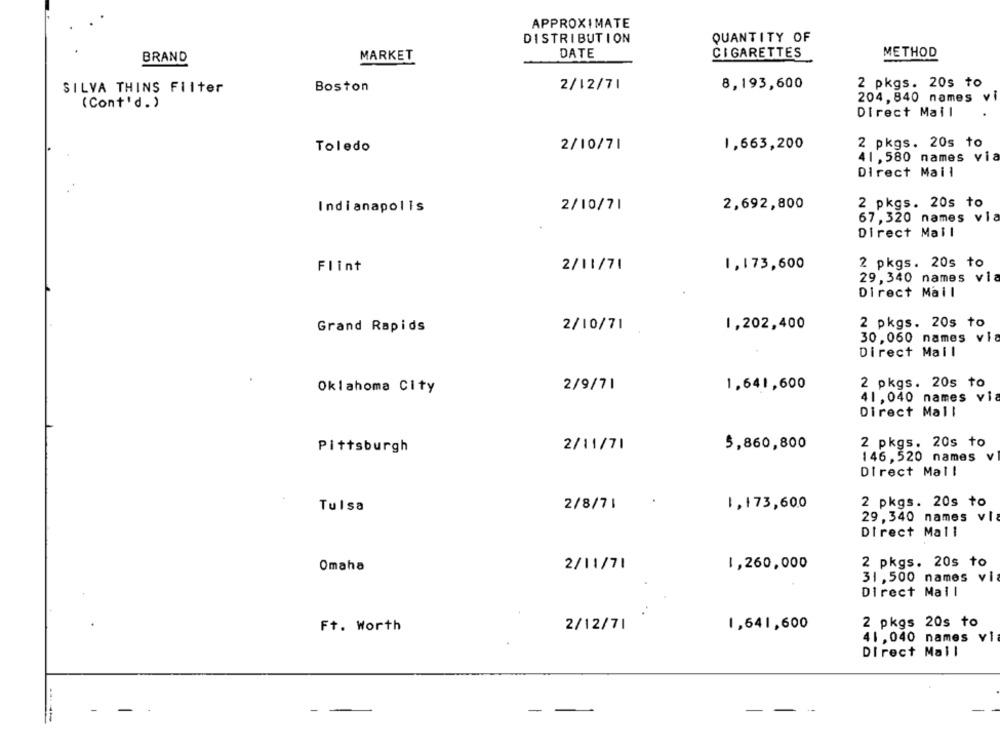
APPROXIMATE
QUANTITY OF
DISTRIBUTION
DATE
BRAND
MARKET
CIGARETTES
METHOD
SILVA THINS Filter
Boston
2/12/71
8,193,600
2 pkgs. 20s to
(Cont'd.)
204,840 names vi
Direct Mail
2 pkgs. 20s to
Toledo
2/10/71
1,663,200
41, 580 names via
Direct Mail
Indianapolis
2/10/71
2,692,800
2 pkgs. 20s to
67, 320 names vla
Direct Mail
2 pkgs. 20s to
Flint
2/11/71
1,173,600
29, 340 names via
Direct Mail
2 pkgs. 20s to
Grand Rapids
2/10/71
1,202,400
30, 060 names via
Direct Mail
Oklahoma City
2/9/71
1,641,600
2 pkgs. 20s to
41 , 040 names via
Direct Mall
2 pkgs. 20s to
Pittsburgh
2/11/71
5,860,800
146, 520 names v
Direct Mall
2 pkgs. 20s to
Tulsa
2/8/71
1,173,600
29, 340 names vl
Direct Mall
Omaha
2/11/71
1,260,000
2 pkgs. 20s to
31, 500 names vi
Direct Mail
2 pkgs 20s to
Ft. Worth
2/12/71
1,641,600
41,040 names vi
Direct Mail
- -
--
-----